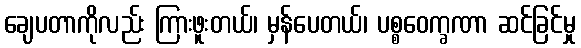
ချေပတာကိုလည်း ကြားဖူးတယ်၊ မှန်ပေတယ်၊ ပစ္စဝေက္ခဏာ ဆင်ခြင်မှု